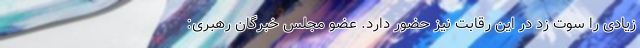
زیادی را سوت زد در این رقابت نیز حضور دارد. عضو مجلس خبرگان رهبری: